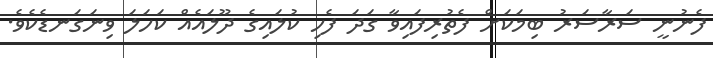
ފެނުނީ ސަރާސަރު ބިމަކަށް ފެތުރިފައިވާ ގަދަ ފެހި ކުލައިގެ ދޫލައެއް ކަހަލަ ވިނަގަނޑެކެވެ.